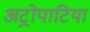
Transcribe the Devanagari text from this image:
अट्रोपाटिया